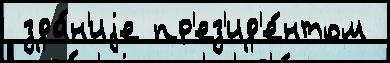
 зда́н'иjе пр'ез'ид'е́нтом